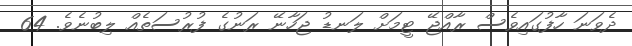
ދެވަނަ ހާފުގައިވެސް ރާއްޖޭ ޓީމަށް ލަނޑު ޖަހާނޭ ރަނުގެ ފުރުސަތެއް ލިބުނެވެ. 64